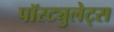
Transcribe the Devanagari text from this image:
पॉस्ट्युलेट्स